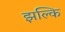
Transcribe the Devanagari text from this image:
झल्कि